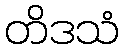
တိဒသံ